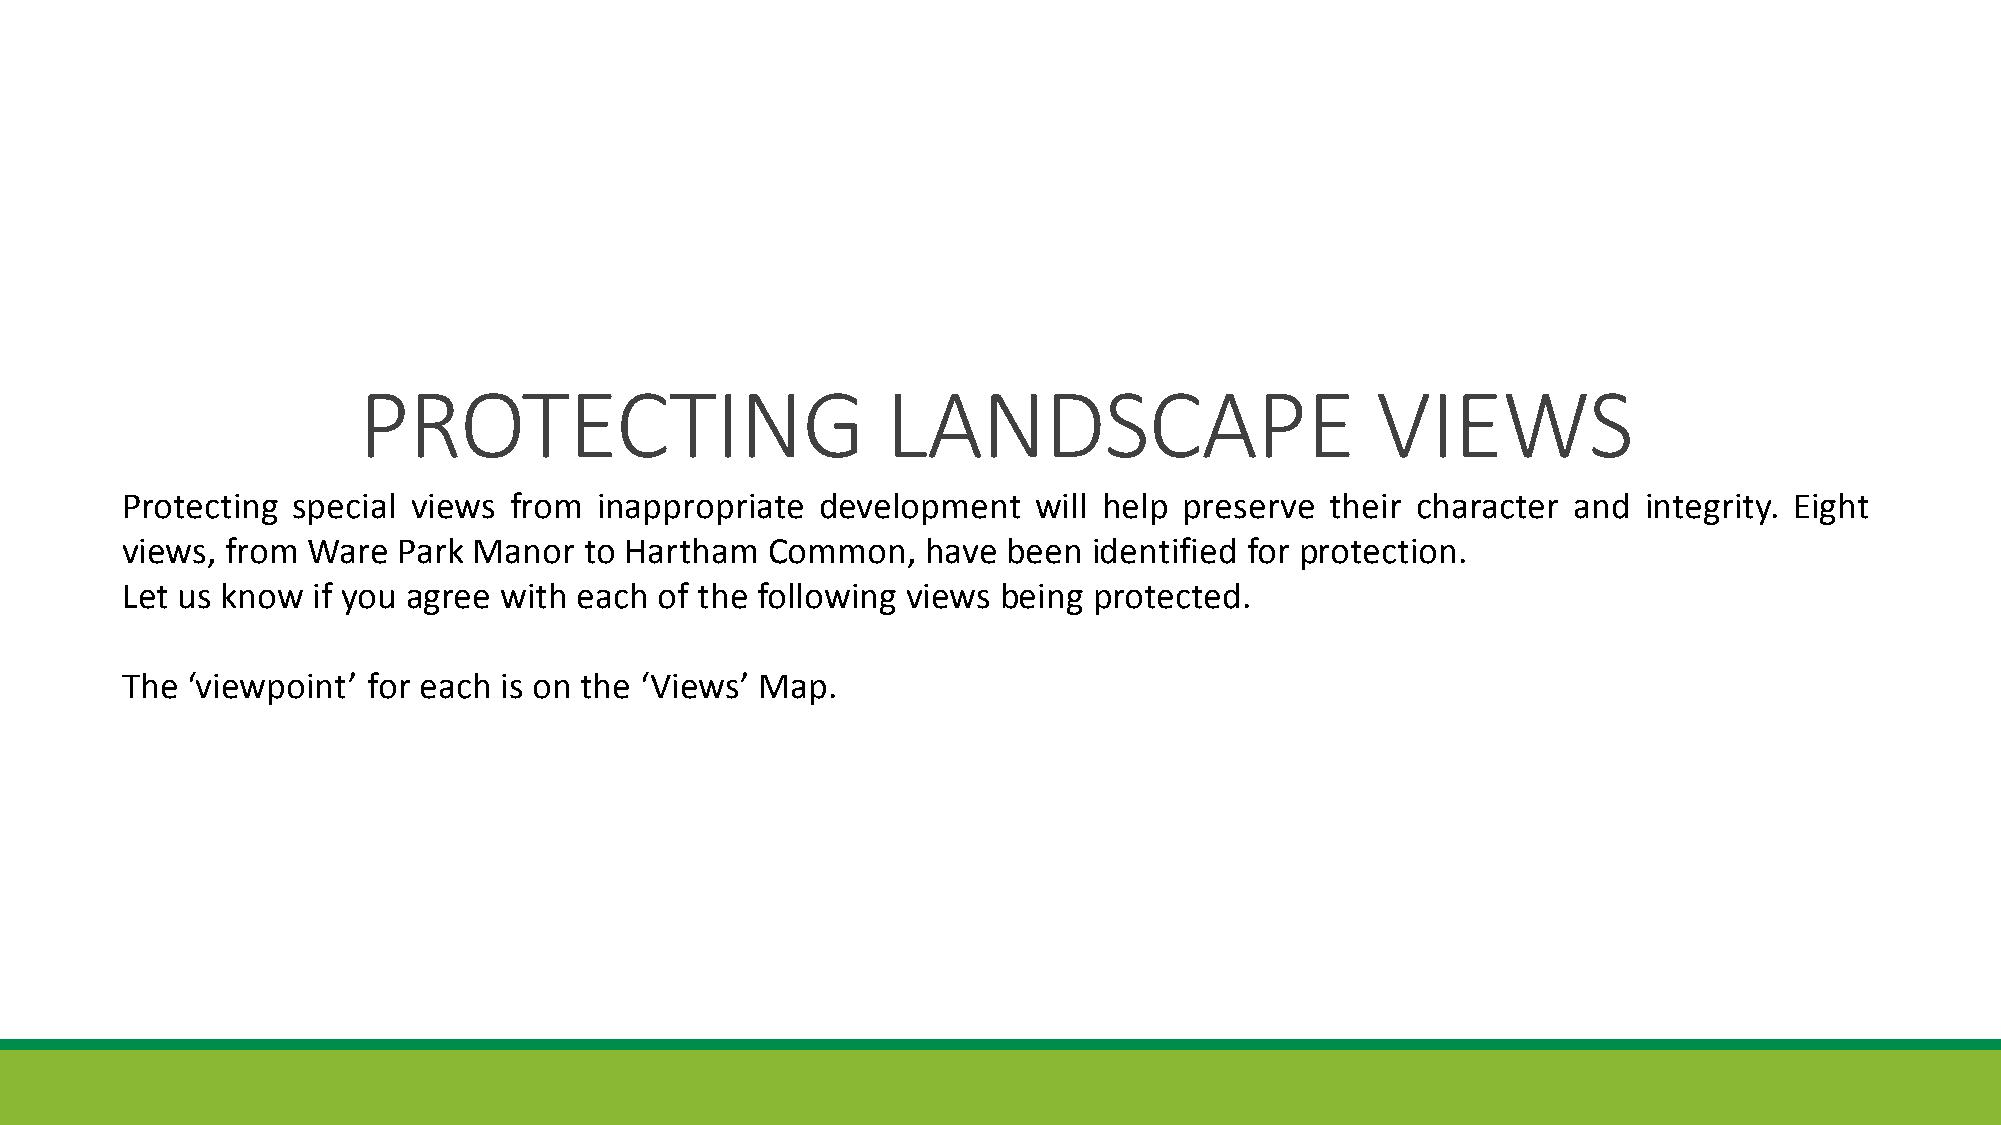
PROTECTING                         LANDSCAPE                       VIEWS
 Protecting special views  from  inappropriate development    will help preserve their character and  integrity. Eight
 views, from Ware  Park Manor   to Hartham  Common,   have  been identified for protection.
 Let us know  if you agree with each of the following views being protected.
 The ‘viewpoint’ for each is on the ‘Views’ Map.